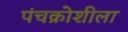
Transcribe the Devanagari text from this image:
पंचक्रोशीला